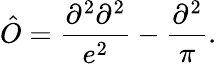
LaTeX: \hat{O}=\frac{\partial^{2}\partial^{2}}{e^{2}}-\frac{\partial^{2}}{\pi}.